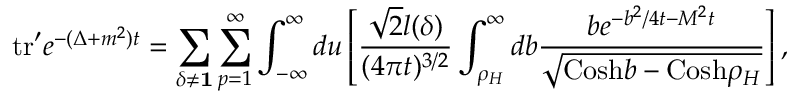
\mathrm { t r } ^ { \prime } e ^ { - ( \Delta + m ^ { 2 } ) t } = \sum _ { \delta \neq { \bf 1 } } \sum _ { p = 1 } ^ { \infty } \int _ { - \infty } ^ { \infty } d u \left[ { \frac { { \sqrt { 2 } } l ( \delta ) } { ( 4 \pi t ) ^ { 3 / 2 } } } \int _ { \rho _ { H } } ^ { \infty } d b { \frac { b e ^ { - b ^ { 2 } / 4 t - M ^ { 2 } t } } { { \sqrt { \mathrm { C o s h } b - \mathrm { C o s h } \rho _ { H } } } } } \right] ,